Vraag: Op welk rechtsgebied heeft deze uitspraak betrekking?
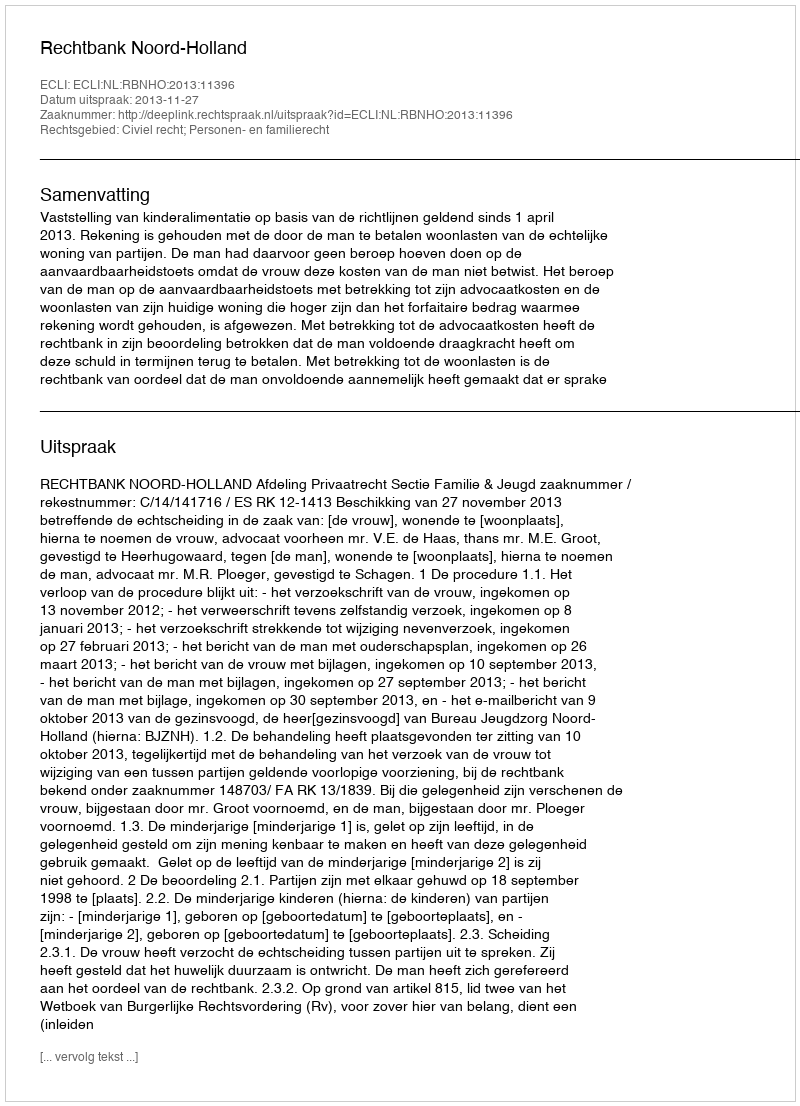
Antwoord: Civiel recht; Personen- en familierecht